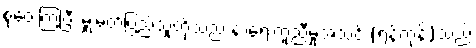
စုဝေးကြပြီး မှူးမတ်ပြည်သူတို့သည် နာရေးကူညီမှုအသင်း(ရန်ကုန်)သည်